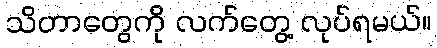
သိတာတွေကို လက်တွေ့ လုပ်ရမယ်။